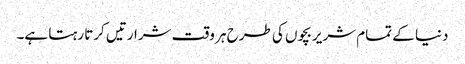
دنیا کے تمام شریر بچوں کی طرح ہر وقت شرارتیں کرتا رہتا ہے۔